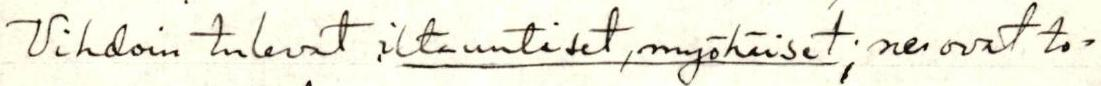
Vihdoin tulevat iltauutiset, myöhäiset; ne ovat to=